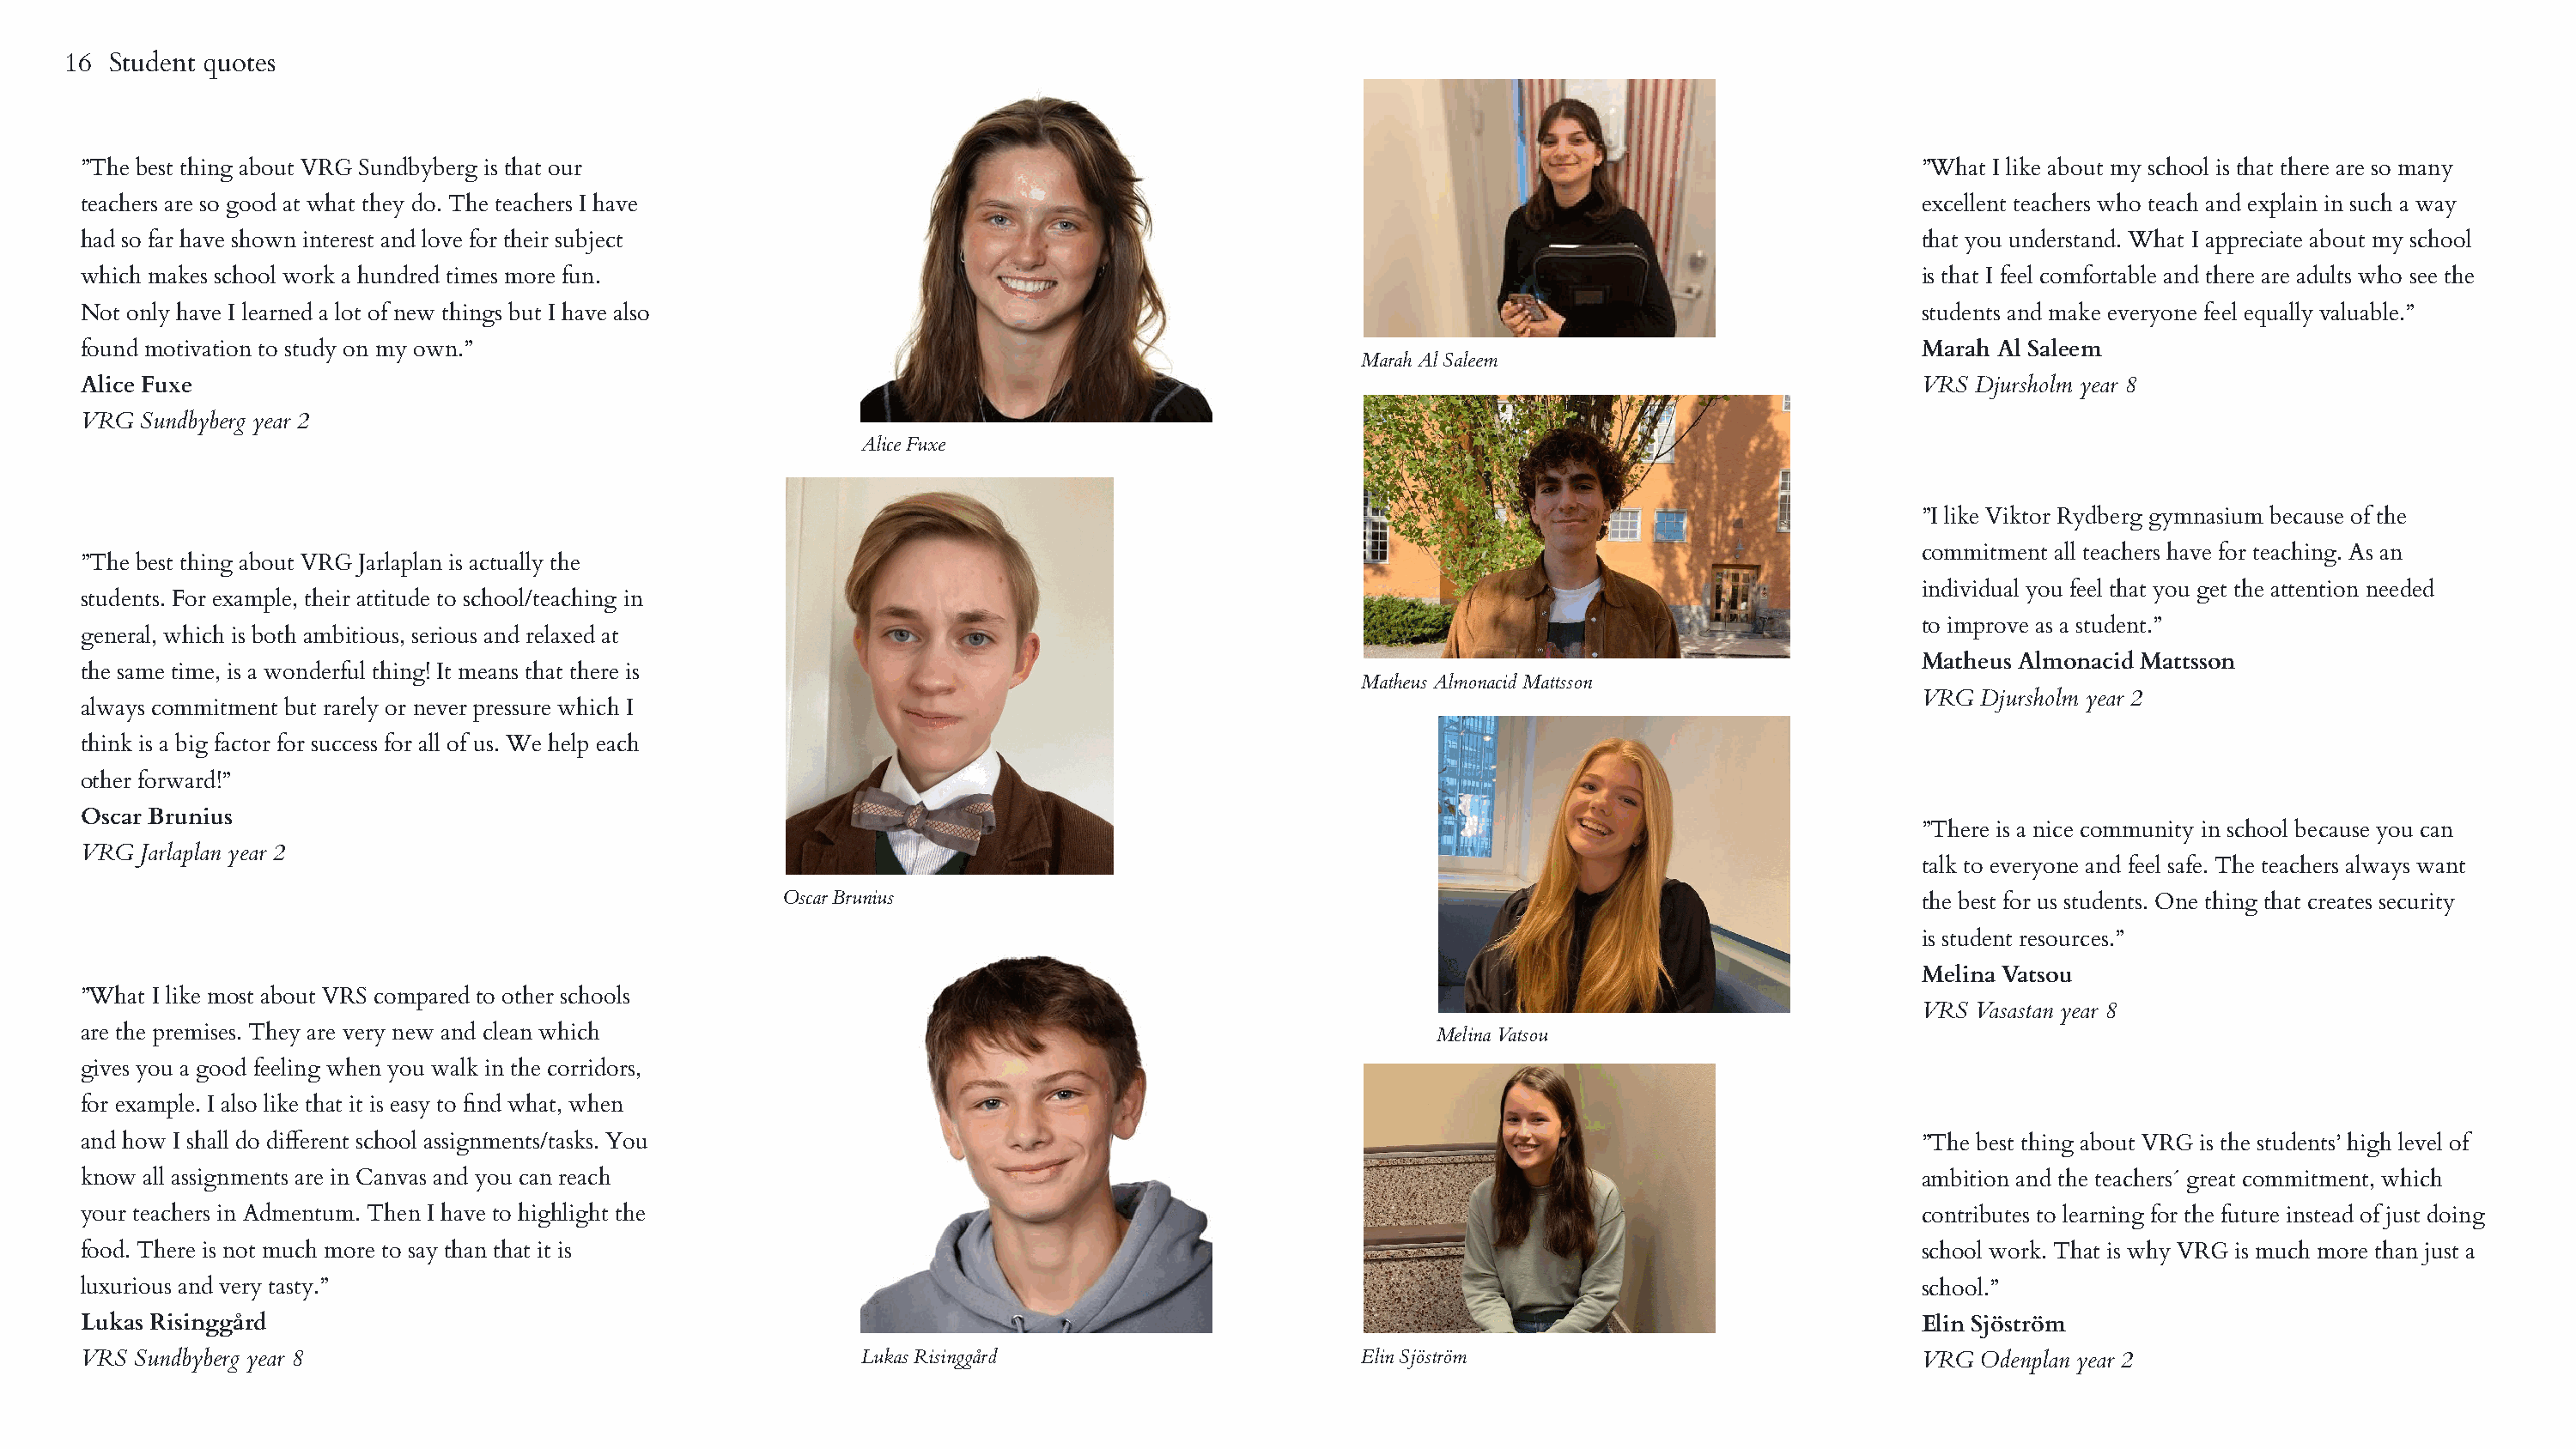
16 Student quotes
 ”The best thing about VRG Sundbyberg is that our                                                                                              ”What I like about my school is that there are so many
 teachers are so good at what they do. The teachers I have                                                                                     excellent teachers who teach and explain in such a way
 had so far have shown interest and love for their subject                                                                                     that you understand. What I appreciate about my school
 which makes school work a hundred times more fun.                                                                                             is that I feel comfortable and there are adults who see the
 Not only have I learned a lot of new things but I have also                                                                                   students and make everyone feel equally valuable.”
 found motivation to study on my own.”                                                                                                         Marah Al Saleem
 Marah Al Saleem
 Alice Fuxe                                                                                                                                    VRS Djursholm year 8
 VRG  Sundbyberg year 2
 Alice Fuxe
 ”I like Viktor Rydberg gymnasium because of the
 commitment all teachers have for teaching. As an
 ”The best thing about VRG Jarlaplan is actually the
 individual you feel that you get the attention needed
 students. For example, their attitude to school/teaching in
 to improve as a student.”
 general, which is both ambitious, serious and relaxed at
 Matheus Almonacid Mattsson
 the same time, is a wonderful thing! It means that there is
 Matheus Almonacid Mattsson
 VRG  Djursholm year 2
 always commitment but rarely or never pressure which I
 think is a big factor for success for all of us. We help each
 other forward!”
 Oscar Brunius
 ”There is a nice community in school because you can
 VRG  Jarlaplan year 2
 talk to everyone and feel safe. The teachers always want
 Oscar Brunius                                                                           the best for us students. One thing that creates security
 is student resources.”
 Melina Vatsou
 ”What I like most about VRS compared to other schools
 VRS Vasastan year 8
 are the premises. They are very new and clean which                                                      Melina Vatsou
 gives you a good feeling when you walk in the corridors,
 for example. I also like that it is easy to find what, when
 and how I shall do different school assignments/tasks. You                                                                                    ”The best thing about VRG is the students’ high level of
 know all assignments are in Canvas and you can reach                                                                                          ambition and the teachers´ great commitment, which
 your teachers in Admentum. Then I have to highlight the                                                                                       contributes to learning for the future instead of just doing
 food. There is not much more to say than that it is                                                                                           school work. That is why VRG is much more than just a
 luxurious and very tasty.”                                                                                                                    school.”
 Lukas Risinggård                                                                                                                              Elin Sjöström
 VRS Sundbyberg year 8                                       Lukas Risinggård                       Elin Sjöström                              VRG  Odenplan year 2